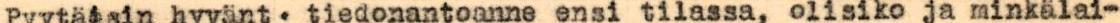
Pyytäisin hyvänt. tiedonantoanne ensi tilassa, olisiko ja minkälai-